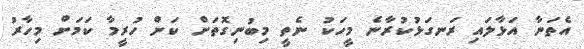
އެތަނާ އަޅާލައި ރަނގަޅުކުރާނެ މީހަކު ނެތީ މިބުނިގޮތަށް ކަން ހުރީމާ ކަމަށް މިހާރު